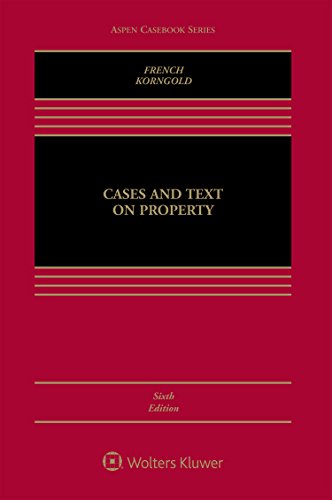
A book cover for Cases and Text on Property (Aspen Casebook); Susan F. French; Law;